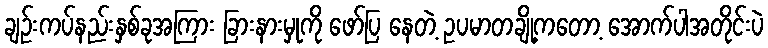
ချဉ်းကပ်နည်းနှစ်ခုအကြား ခြားနားမှုကို ဖော်ပြ နေတဲ့ ဥပမာတချို့ကတော့ အောက်ပါအတိုင်းပဲ